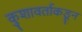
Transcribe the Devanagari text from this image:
कुशावर्ताकडून